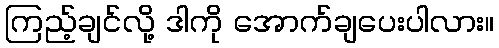
ကြည့်ချင်လို့ ဒါကို အောက်ချပေးပါလား။